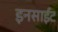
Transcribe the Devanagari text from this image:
इनसाईट